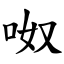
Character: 呶